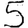
Digit: 5